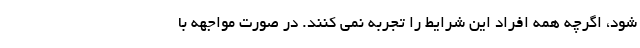
شود، اگرچه همه افراد این شرایط را تجربه نمی کنند. در صورت مواجهه با